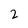
Character: 2